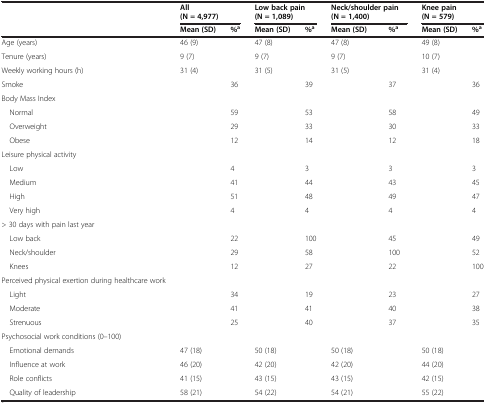
<table><thead><tr><td><b> </b></td><td colspan="2"><b>All (N = 4,977)</b></td><td colspan="2"><b>Low back pain(N = 1,089)</b></td><td colspan="2"><b>Neck/shoulder pain(N = 1,400)</b></td><td colspan="2"><b>Knee pain(N = 579)</b></td></tr><tr><td><b> </b></td><td><b>Mean (SD)</b></td><td><b>%<sup>a</sup></b></td><td><b>Mean (SD)</b></td><td><b>%<sup>a</sup></b></td><td><b>Mean (SD)</b></td><td><b>%<sup>a</sup></b></td><td><b>Mean (SD)</b></td><td><b>%<sup>a</sup></b></td></tr></thead><tbody><tr><td>Age (years)</td><td>46 (9)</td><td> </td><td>47 (8)</td><td> </td><td>47 (8)</td><td> </td><td>49 (8)</td><td> </td></tr><tr><td>Tenure (years)</td><td>9 (7)</td><td> </td><td>9 (7)</td><td> </td><td>9 (7)</td><td> </td><td>10 (7)</td><td> </td></tr><tr><td>Weekly working hours (h)</td><td>31 (4)</td><td> </td><td>31 (5)</td><td> </td><td>31 (5)</td><td> </td><td>31 (4)</td><td> </td></tr><tr><td>Smoke</td><td> </td><td>36</td><td> </td><td>39</td><td> </td><td>37</td><td> </td><td>36</td></tr><tr><td>Body Mass Index</td><td> </td><td> </td><td> </td><td> </td><td> </td><td> </td><td> </td><td> </td></tr><tr><td> Normal</td><td> </td><td>59</td><td> </td><td>53</td><td> </td><td>58</td><td> </td><td>49</td></tr><tr><td> Overweight</td><td> </td><td>29</td><td> </td><td>33</td><td> </td><td>30</td><td> </td><td>33</td></tr><tr><td> Obese</td><td> </td><td>12</td><td> </td><td>14</td><td> </td><td>12</td><td> </td><td>18</td></tr><tr><td>Leisure physical activity</td><td> </td><td> </td><td> </td><td> </td><td> </td><td> </td><td> </td><td> </td></tr><tr><td> Low</td><td> </td><td>4</td><td> </td><td>3</td><td> </td><td>3</td><td> </td><td>3</td></tr><tr><td> Medium</td><td> </td><td>41</td><td> </td><td>44</td><td> </td><td>43</td><td> </td><td>45</td></tr><tr><td> High</td><td> </td><td>51</td><td> </td><td>48</td><td> </td><td>49</td><td> </td><td>47</td></tr><tr><td> Very high</td><td> </td><td>4</td><td> </td><td>4</td><td> </td><td>4</td><td> </td><td>4</td></tr><tr><td>&gt; 30 days with pain last year</td><td> </td><td> </td><td> </td><td> </td><td> </td><td> </td><td> </td><td> </td></tr><tr><td> Low back</td><td> </td><td>22</td><td> </td><td>100</td><td> </td><td>45</td><td> </td><td>49</td></tr><tr><td> Neck/shoulder</td><td> </td><td>29</td><td> </td><td>58</td><td> </td><td>100</td><td> </td><td>52</td></tr><tr><td> Knees</td><td> </td><td>12</td><td> </td><td>27</td><td> </td><td>22</td><td> </td><td>100</td></tr><tr><td>Perceived physical exertion during healthcare work</td><td> </td><td> </td><td> </td><td> </td><td> </td><td> </td><td> </td><td> </td></tr><tr><td> Light</td><td> </td><td>34</td><td> </td><td>19</td><td> </td><td>23</td><td> </td><td>27</td></tr><tr><td> Moderate</td><td> </td><td>41</td><td> </td><td>41</td><td> </td><td>40</td><td> </td><td>38</td></tr><tr><td> Strenuous</td><td> </td><td>25</td><td> </td><td>40</td><td> </td><td>37</td><td> </td><td>35</td></tr><tr><td>Psychosocial work conditions (0–100)</td><td> </td><td> </td><td> </td><td> </td><td> </td><td> </td><td> </td><td> </td></tr><tr><td> Emotional demands</td><td>47 (18)</td><td> </td><td>50 (18)</td><td> </td><td>50 (18)</td><td> </td><td>50 (18)</td><td> </td></tr><tr><td> Influence at work</td><td>46 (20)</td><td> </td><td>42 (20)</td><td> </td><td>42 (20)</td><td> </td><td>44 (20)</td><td> </td></tr><tr><td> Role conflicts</td><td>41 (15)</td><td> </td><td>43 (15)</td><td> </td><td>43 (15)</td><td> </td><td>42 (15)</td><td> </td></tr><tr><td> Quality of leadership</td><td>58 (21)</td><td> </td><td>54 (22)</td><td> </td><td>54 (21)</td><td> </td><td>55 (22)</td><td> </td></tr></tbody></table>